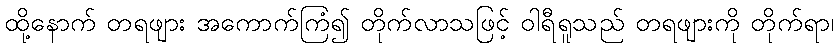
ထို့နောက် တရဖျား အကောက်ကြံ၍ တိုက်လာသဖြင့် ဝါရီရူသည် တရဖျားကို တိုက်ရာ၊